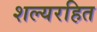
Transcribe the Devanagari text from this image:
शल्यरहित